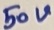
Text: 50V